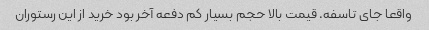
واقعا جای تاسفه. قیمت بالا حجم بسیار کم دفعه آخر بود خرید از این رستوران